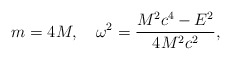
\begin{align*}m=4M,\quad \omega ^2=\frac{M^2c^4-E^2}{4M^2c^2},\end{align*}